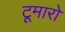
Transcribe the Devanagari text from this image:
टूमारो